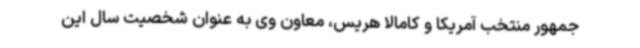
جمهور منتخب آمریکا و کامالا هریس، معاون وی به عنوان شخصیت سال این